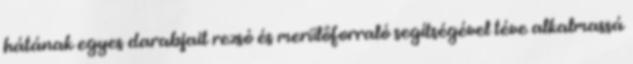
hátának egyes darabjait rezsó és merülőforraló segítségével téve alkalmassá